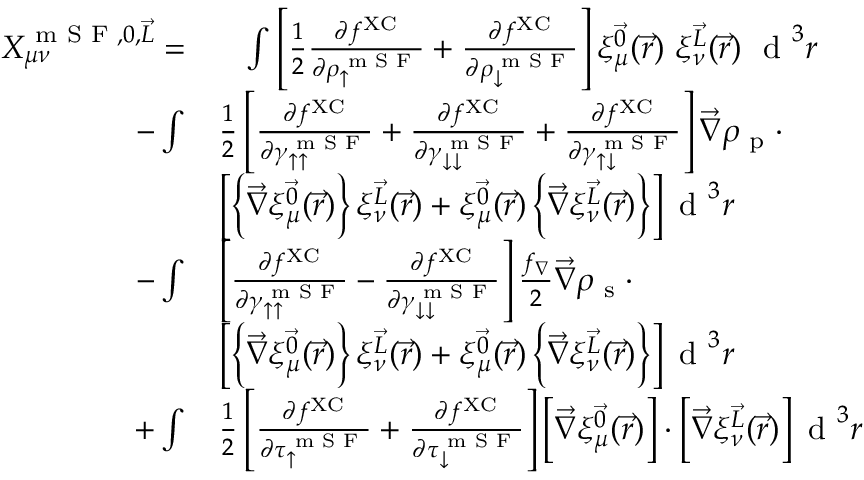
\begin{array} { r l } { X _ { \mu \nu } ^ { \textrm { m S F } , 0 , \vec { L } } = } & { \phantom { + } \int \left[ \frac { 1 } { 2 } \frac { \partial f ^ { \mathrm { X C } } } { \partial \rho _ { \uparrow } ^ { \textrm { m S F } } } + \frac { \partial f ^ { \mathrm { X C } } } { \partial \rho _ { \downarrow } ^ { \textrm { m S F } } } \right] \xi _ { \mu } ^ { \vec { 0 } } ( \vec { r } ) ~ \xi _ { \nu } ^ { \vec { L } } ( \vec { r } ) ~ \textrm { d } ^ { 3 } r } \\ { - \int } & { \frac { 1 } { 2 } \left[ \frac { \partial f ^ { \mathrm { X C } } } { \partial \gamma _ { \uparrow \uparrow } ^ { \textrm { m S F } } } + \frac { \partial f ^ { \mathrm { X C } } } { \partial \gamma _ { \downarrow \downarrow } ^ { \textrm { m S F } } } + \frac { \partial f ^ { \mathrm { X C } } } { \partial \gamma _ { \uparrow \downarrow } ^ { \textrm { m S F } } } \right] \vec { \nabla } \rho _ { \textrm { p } } \cdot } \\ & { \left[ \left\{ \vec { \nabla } \xi _ { \mu } ^ { \vec { 0 } } ( \vec { r } ) \right\} \xi _ { \nu } ^ { \vec { L } } ( \vec { r } ) + \xi _ { \mu } ^ { \vec { 0 } } ( \vec { r } ) \left\{ \vec { \nabla } \xi _ { \nu } ^ { \vec { L } } ( \vec { r } ) \right\} \right] \textrm { d } ^ { 3 } r } \\ { - \int } & { \left[ \frac { \partial f ^ { \mathrm { X C } } } { \partial \gamma _ { \uparrow \uparrow } ^ { \textrm { m S F } } } - \frac { \partial f ^ { \mathrm { X C } } } { \partial \gamma _ { \downarrow \downarrow } ^ { \textrm { m S F } } } \right] \frac { f _ { \nabla } } { 2 } \vec { \nabla } \rho _ { \textrm { s } } \cdot } \\ & { \left[ \left\{ \vec { \nabla } \xi _ { \mu } ^ { \vec { 0 } } ( \vec { r } ) \right\} \xi _ { \nu } ^ { \vec { L } } ( \vec { r } ) + \xi _ { \mu } ^ { \vec { 0 } } ( \vec { r } ) \left\{ \vec { \nabla } \xi _ { \nu } ^ { \vec { L } } ( \vec { r } ) \right\} \right] \textrm { d } ^ { 3 } r } \\ { + \int } & { \frac { 1 } { 2 } \left[ \frac { \partial f ^ { \mathrm { X C } } } { \partial \tau _ { \uparrow } ^ { \textrm { m S F } } } + \frac { \partial f ^ { \mathrm { X C } } } { \partial \tau _ { \downarrow } ^ { \textrm { m S F } } } \right] \left[ \vec { \nabla } \xi _ { \mu } ^ { \vec { 0 } } ( \vec { r } ) \right] \cdot \left[ \vec { \nabla } \xi _ { \nu } ^ { \vec { L } } ( \vec { r } ) \right] \textrm { d } ^ { 3 } r } \end{array}